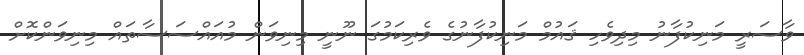
ވާސަރީ މަނިކުފާނު މިދިވެހި ޤައުމް މަނިކުފާނުގެ ވެރިކަމުގަ ނޫނީ މިނިވަން މުއައްސަސާތައް މިނިވަންކޮށް